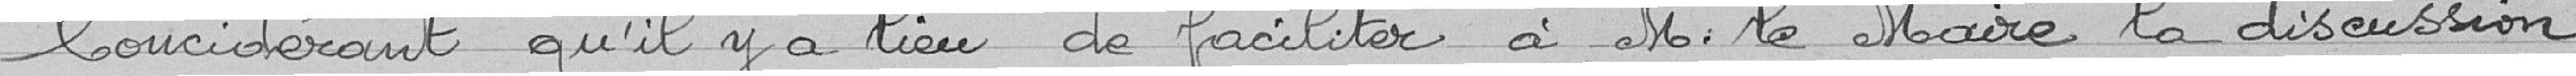
Considérant qu'il y a lieu de faciliter à Monsieur le Maire la discussion